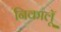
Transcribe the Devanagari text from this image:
निकालूॅ